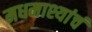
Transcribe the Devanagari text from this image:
मधमाश्यांचं